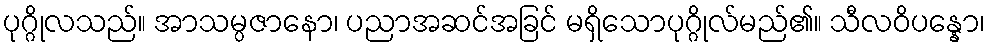
ပုဂ္ဂိုလသည်။ အာသမ္ပဇာနော၊ ပညာအဆင်အခြင် မရှိသောပုဂ္ဂိုလ်မည်၏။ သီလဝိပန္နော၊